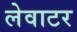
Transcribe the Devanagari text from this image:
लेवाटर